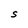
Character: S